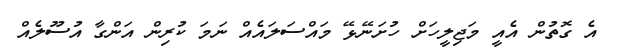
އެ ގޮތުން އެއީ މަޖިލީހަށް ހުށަނޭޅޭ މައްސަލައެއް ނަމަ ކުރިން އަންގާ އުސޫލެއް